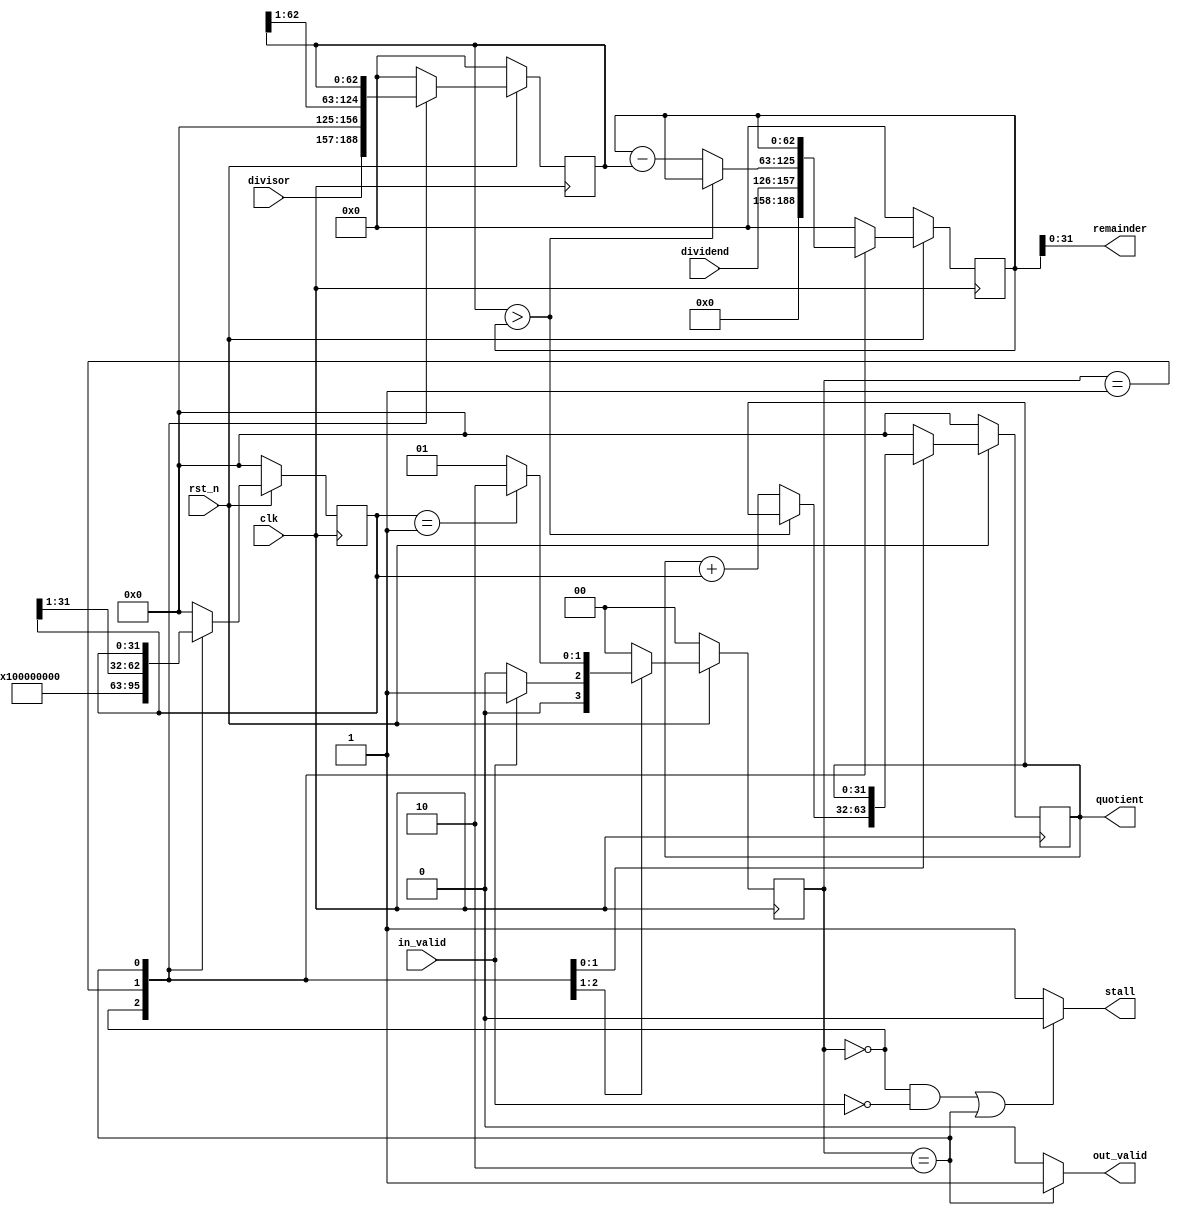
module IterDivider(
    clk,
    rst_n,
    in_valid,
    dividend,
    divisor,
    remainder, // store to $HI
    quotient, // store to $LO
    out_valid,
    stall
);
//==== io Declaration =========================
    input             clk, rst_n, in_valid;
    input      [31:0] dividend, divisor;
    output     [31:0] remainder, quotient;
    output reg        out_valid, stall;

//==== Reg/Wire Declaration ===================
    reg [31:0] dividend_r, dividend_w;
    reg [31:0] divisor_r, divisor_w;
    reg  [1:0] state, state_next;
    // reg [31:0] remainder_r, remainder_w;
    // reg [31:0] quotient_r, quotient_w;

    reg [31:0] q, next_q; // Working Quotient
    reg [31:0] t, next_t; // Working Term
    reg [62:0] r, next_r; // Working Remainder
    reg [62:0] p, next_p; // Working Product

    assign remainder = r[31:0];
    assign quotient = q;

//==== FSM ====================================
    parameter S_IDLE = 2'd0;
    parameter S_OP   = 2'd1;
    parameter S_END  = 2'd2;

    always @(*) begin
        case (state)
            S_IDLE:  state_next = (in_valid)? S_OP : S_IDLE;
            S_OP:    state_next = (t == 1)? S_END : S_OP;
            S_END:   state_next = S_IDLE;
            default: state_next = S_IDLE;
        endcase
    end

//==== Combinational ==========================
    // dividend, divisor
    always @(*) begin
        dividend_w = (in_valid)? dividend : dividend_r;
        divisor_w  = (in_valid)? divisor :  divisor_r;
    end

    always @(*) begin
        case (state)
            S_IDLE: begin
                next_t = 32'h80000000;        // t = 2^31
                next_p = { divisor, 31'd0 };  // p = divisor*2^31
                next_q = 32'd0;               // q = 0
                next_r = { 31'd0, dividend }; // r = dividend
            end
            S_OP: begin
                next_t = t >> 1; // t = t/2
                next_p = p >> 1; // p = p/2
                if (p > r) begin
                    next_q = q;
                    next_r = r;
                end
                else begin
                    next_q = q + t;
                    next_r = r - p;
                end
            end
            S_END: begin
                next_t = t;
                next_p = p;
                next_q = q;              
                next_r = r;
            end
            default: begin
                next_t = 32'd0;
                next_p = 64'd0;
                next_q = 32'd0;              
                next_r = 64'd0;
            end
        endcase
    end
    
    // out_valid && stall
    always @(*) begin
        out_valid = (state == S_END)? 1 : 0;
        stall = ((state == S_IDLE && !in_valid) | state == S_END)? 0 : 1;
    end

//==== Sequential =============================
    always @(posedge clk) begin
        if (!rst_n) begin
            state       <= S_IDLE;
            // quotient_r  <= 32'd0;
            // remainder_r <= 32'd0;
            dividend_r  <= 32'd0;
            divisor_r   <= 32'd0;
            q <= 32'd0;
            r <= 63'd0;
            p <= 63'd0;
            t <= 32'd0;
        end
        else begin
            state       <= state_next;
            // quotient_r  <= quotient_w;
            // remainder_r <= remainder_w;
            dividend_r  <= dividend_w;
            divisor_r   <= divisor_w;
            q <= next_q;
            r <= next_r;
            p <= next_p;
            t <= next_t;
        end
    end
endmodule